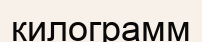
килограмм